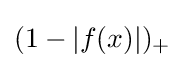
(1-|f(x)|)_{+}